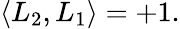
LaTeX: \langle L_{2},L_{1}\rangle=+1.